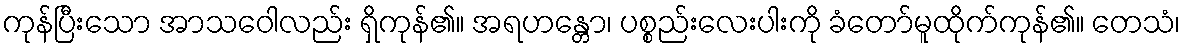
ကုန်ပြီးသော အာသဝေါလည်း ရှိကုန်၏။ အရဟန္တော၊ ပစ္စည်းလေးပါးကို ခံတော်မူထိုက်ကုန်၏။ တေသံ၊